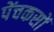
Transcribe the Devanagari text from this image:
पेंचकसों